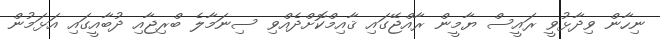
ނިހާން ވިދާޅުވީ ރައީސް ޔާމީން ރާއްޖޭގައި ޤާއިމްކޮށްދެއްވި ސިނަމާލެ ބްރިޖާއި ދުބާއީގައި އަޅަމުން